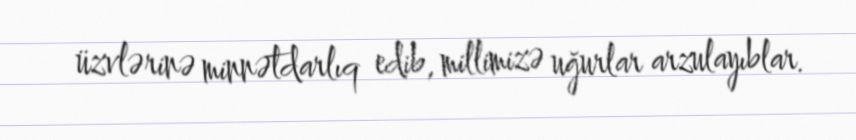
üzvlərinə minnətdarlıq edib, millimizə uğurlar arzulayıblar.